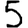
Digit: 5